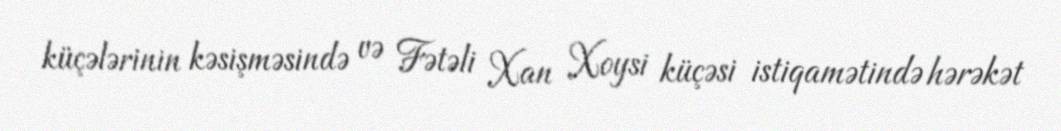
küçələrinin kəsişməsində və Fətəli Xan Xoysi küçəsi istiqamətində hərəkət